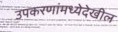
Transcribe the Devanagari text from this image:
उपकरणांमध्येदेखील